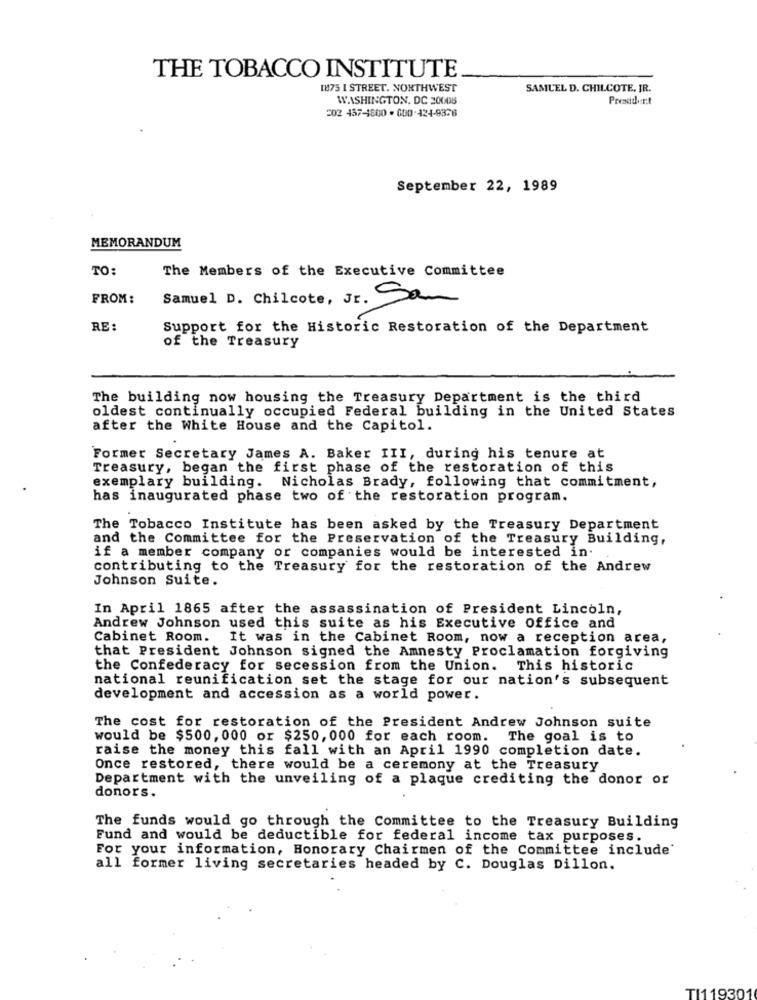
THE TOBACCO INSTITUTE
1875 I STREET. NORTHWEST
SAMUEL D. CHILCOTE, JR.
WASHINGTON, DC 20008
202. 457-4800 . 000-424-9376
September 22, 1989
MEMORANDUM
TO:
The Members of the Executive Committee
FROM:
Samuel D. Chilcote, Jr. Sam
RE:
Support for the Historic Restoration of the Department
of the Treasury
The building now housing the Treasury Department is the third
oldest continually occupied Federal building in the United States
after the White House and the Capitol.
Former Secretary James A. Baker III, during his tenure at
Treasury, began the first phase of the restoration of this
exemplary building. Nicholas Brady, following that commitment,
has inaugurated phase two of the restoration program.
The Tobacco Institute has been asked by the Treasury Department
and the Committee for the Preservation of the Treasury Building,
if a member company or companies would be interested in.
contributing to the Treasury for the restoration of the Andrew
Johnson Suite.
In April 1865 after the assassination of President Lincoln,
Andrew Johnson used this suite as his Executive Office and
Cabinet Room. It was in the Cabinet Room, now a reception area,
that President Johnson signed the Amnesty Proclamation forgiving
the Confederacy for secession from the Union. This historic
national reunification set the stage for our nation's subsequent
development and accession as a world power.
The cost for restoration of the President Andrew Johnson suite
would be $500, 000 or $250, 000 for each room.
The goal is to
raise the money this fall with an April 1990 completion date.
Once restored, there would be a ceremony at the Treasury
Department with the unveiling of a plaque crediting the donor or
donors.
The funds would go through the Committee to the Treasury Building
Fund and would be deductible for federal income tax purposes.
For your information, Honorary Chairmen of the Committee include'
all former living secretaries headed by C. Douglas Dillon.
TI119301